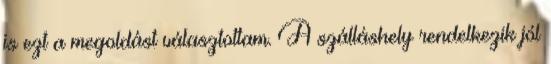
is ezt a megoldást választottam. A szálláshely rendelkezik jól